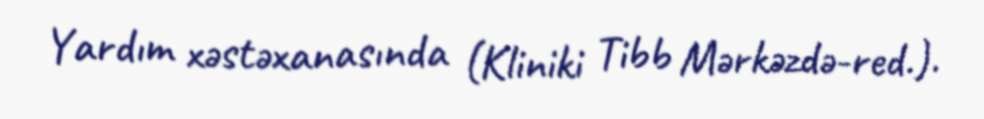
Yardım xəstəxanasında (Kliniki Tibb Mərkəzdə-red.).